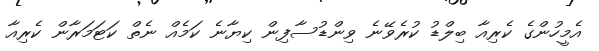
އެމީހުންގެ ކެރިއާ ބިލްޑު ކުރެވޭނެ ވިންޑުސާފިން ކިޔާނެ ކަމެއް ނެތް ކަޓަމަރާން ކެރިއާ